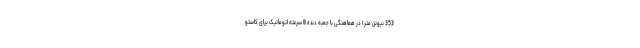
353 نیوتن متر) در هماهنگی با جعبه دنده 8 سرعته اتوماتیک برای کاستو